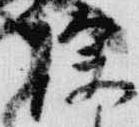
除